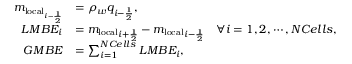
\begin{array} { r l } { m _ { \mathrm { l o c a l } _ { i - \frac { 1 } { 2 } } } } & { = \rho _ { w } q _ { i - \frac { 1 } { 2 } } , } \\ { L M B E _ { i } } & { = { m _ { \mathrm { l o c a l } } } _ { i + \frac { 1 } { 2 } } - { m _ { \mathrm { l o c a l } } } _ { i - \frac { 1 } { 2 } } \quad \forall i = 1 , 2 , \cdots , N C e l l s , } \\ { G M B E } & { = \sum _ { i = 1 } ^ { N C e l l s } L M B E _ { i } , } \end{array}